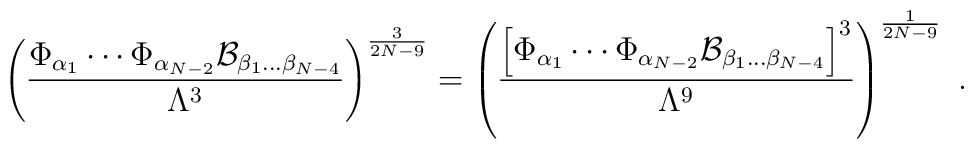
\left({\Phi_{\alpha_1}\cdots\Phi_{\alpha_{N-2}} {\cal B}_{\beta_1\dots\beta_{N-4}}\over \Lambda^3}\right)^{3\over{2N-9}}= \left({\left[\Phi_{\alpha_1}\cdots\Phi_{\alpha_{N-2}} {\cal B}_{\beta_1\dots\beta_{N-4}}\right]^3\over  \Lambda^9}\right)^{1\over{2N-9}}~.